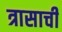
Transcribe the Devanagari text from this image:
त्रासाची